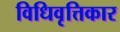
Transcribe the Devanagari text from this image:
विधिवृत्तिकार